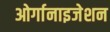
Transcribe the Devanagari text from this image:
ओर्गानाइजेशन